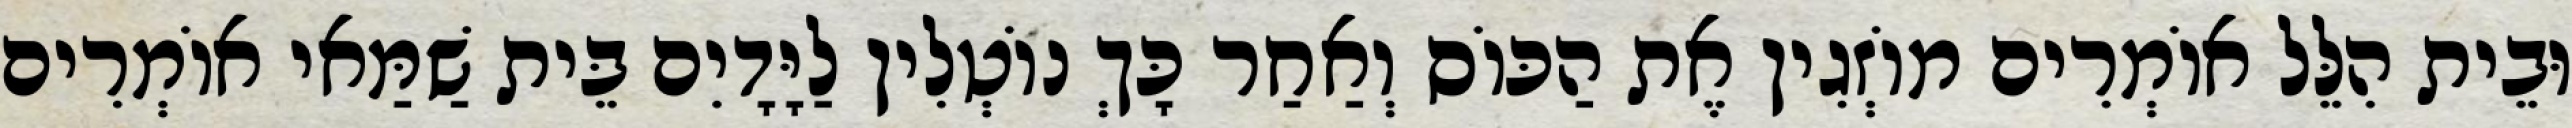
וּבֵית הִלֵּל אוֹמְרִים מוֹזְגִין אֶת הַכּוֹס וְאַחַר כָּךְ נוֹטְלִין לַיָּדָיִם בֵּית שַׁמַּאי אוֹמְרִים